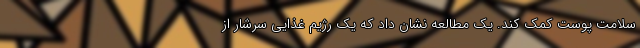
سلامت پوست کمک کند. یک مطالعه نشان داد که یک رژیم غذایی سرشار از